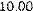
10.00